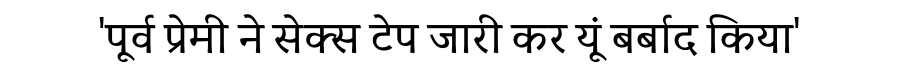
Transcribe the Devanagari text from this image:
'पूर्व प्रेमी ने सेक्स टेप जारी कर यूं बर्बाद किया'